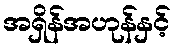
အရှိန်အဟုန်နှင့်